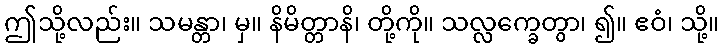
ဤသို့လည်း။ သမန္တာ၊ မှ။ နိမိတ္တာနိ၊ တို့ကို။ သလ္လက္ခေတွာ၊ ၍။ ဧဝံ၊ သို့။